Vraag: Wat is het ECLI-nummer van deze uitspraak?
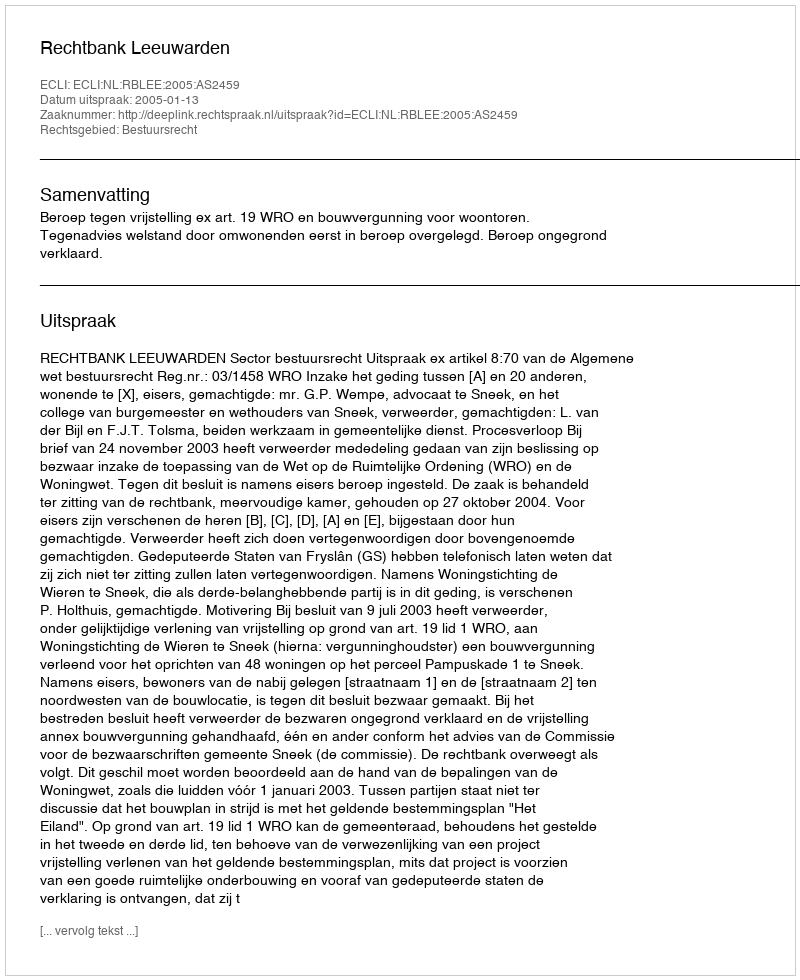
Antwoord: ECLI:NL:RBLEE:2005:AS2459